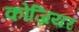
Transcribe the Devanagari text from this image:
कोज़ियर